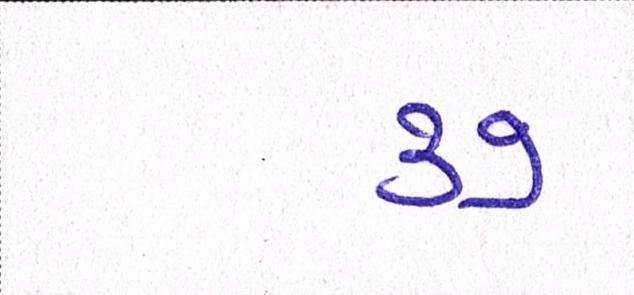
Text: ૩૭